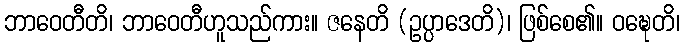
ဘာဝေတီတိ၊ ဘာဝေတီဟူသည်ကား။ ဇနေတိ (ဥပ္ပာဒေတိ)၊ ဖြစ်စေ၏။ ဝဍ္ဎေတိ၊